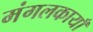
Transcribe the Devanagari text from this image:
मंगलकायाँ